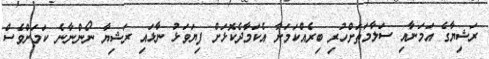
ރަޝިޔާގެ އަމަނާއި ސަލާމަތަށްހުރި ބިރެއްކަމަށާ އެކަމާދެކޮޅަށް ފިޔަވަޅު ނާޅައި ރަޝިޔާ ނޯންނާނެ ކަމަށްވެސް